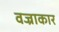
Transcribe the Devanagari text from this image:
वज्राकार